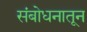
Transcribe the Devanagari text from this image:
संबोधनातून